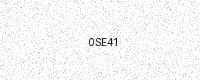
Text: 0SE41